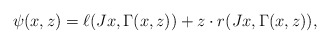
\begin{align*} \psi(x,z)=\ell(Jx,\Gamma(x,z))+z\cdot r(Jx,\Gamma(x,z)), \end{align*}